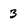
Character: 3